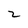
Character: 2